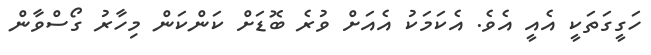
ހަގީގަތަކީ އެއީ އެވެ. އެކަމަކު އެއަށް ވުރެ ބޮޑަށް ކަންކަން މިހާރު ގޯސްވާން